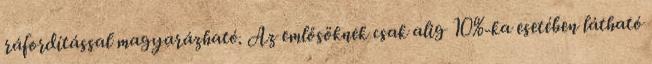
ráfordítással magyarázható. Az emlősöknek csak alig 10%-ka esetében látható